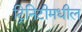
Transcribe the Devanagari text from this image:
ट्रिनिटीमधील